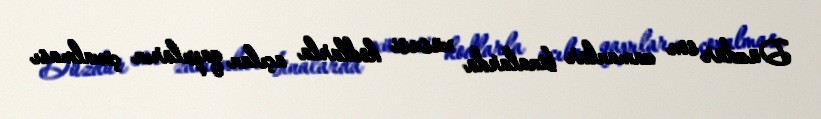
Düzdür son zamanlar binalarda xüsusi kodlarla açılan qapıların çoxalması